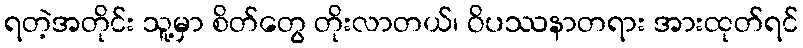
ရတဲ့အတိုင်း သူ့မှာ စိတ်တွေ တိုးလာတယ်၊ ဝိပဿနာတရား အားထုတ်ရင်